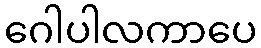
ဂေါပါလကာပေ